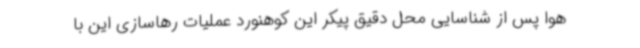
هوا پس از شناسایی محل دقیق پیکر این کوهنورد عملیات رهاسازی این با